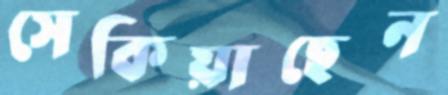
সেকিয়াছেন